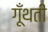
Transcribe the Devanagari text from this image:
गूँथतीं